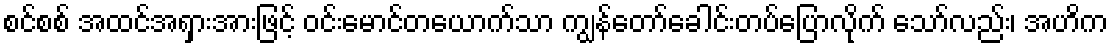
စင်စစ် အထင်အရှားအားဖြင့် ဝင်းမောင်တယောက်သာ ကျွန်တော်ခေါင်းတပ်ပြောလိုက် သော်လည်း၊ အဟိက